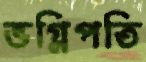
ভগ্নিপতি